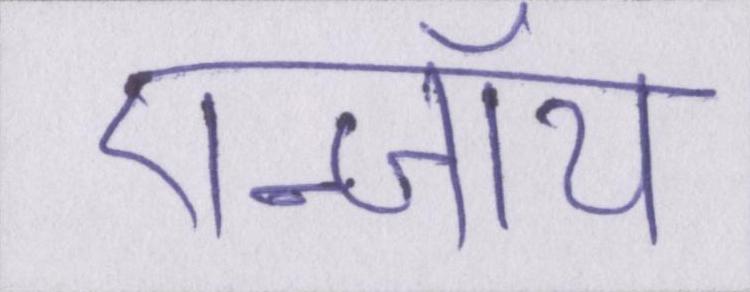
एन्जॉय